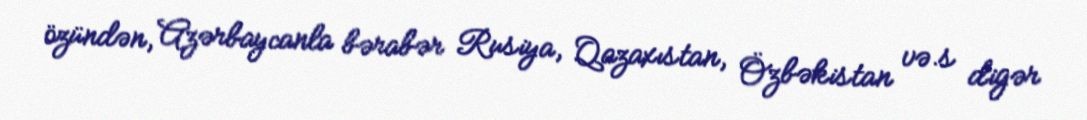
özündən, Azərbaycanla bərabər Rusiya, Qazaxıstan, Özbəkistan və.s digər